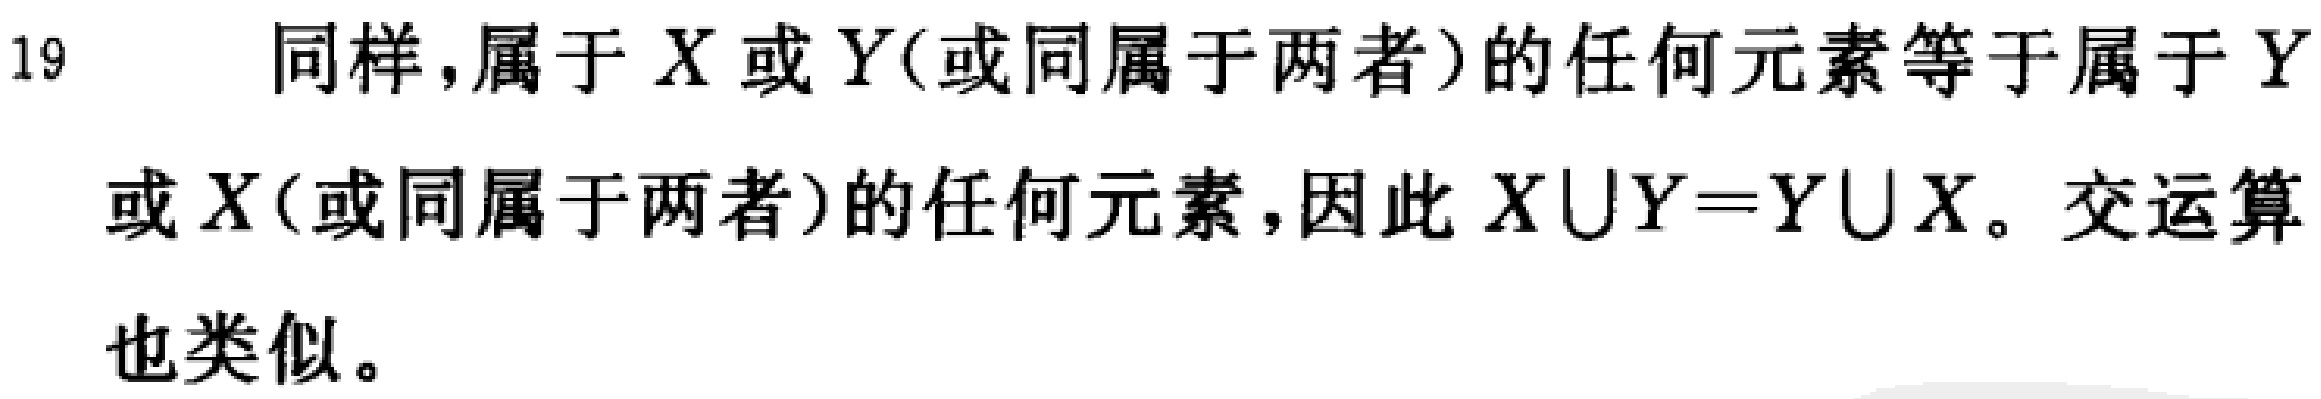
同样，属于 \(X\) 或 \(Y\)(或同属于两者)的任何元素等于属于 \(Y\) 或 \(X\)(或同属于两者)的任何元素，因此 \(X\cup Y = Y\cup X\)。交运算也类似。